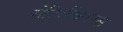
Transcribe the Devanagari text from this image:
रोटिलैंकलस